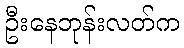
ဦးနေဘုန်းလတ်က